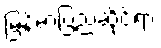
မြန်မာပြည်ဆိုင်ရာ